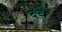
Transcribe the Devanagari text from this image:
६वँ